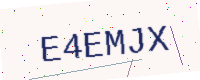
Text: E4EMJX